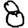
Digit: 8